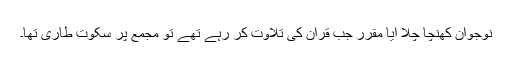
نوجوان کھنچا چلا آیا مقرر جب قرآن کی تلاوت کر رہے تھے تو مجمع پر سکوت طاری تھا۔